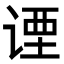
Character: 𬤇